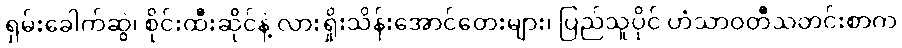
ရှမ်းခေါက်ဆွဲ၊ စိုင်းထီးဆိုင်နဲ့ လားရှိုးသိန်းအောင်တေးများ၊ ပြည်သူပိုင် ဟံသာဝတီသတင်းစာက